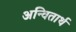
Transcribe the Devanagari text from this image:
अन्वितार्थ